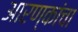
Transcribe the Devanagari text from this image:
आरण्कांचा